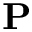
\mathbf { P }